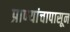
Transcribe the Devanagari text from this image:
प्राण्यांचापासून